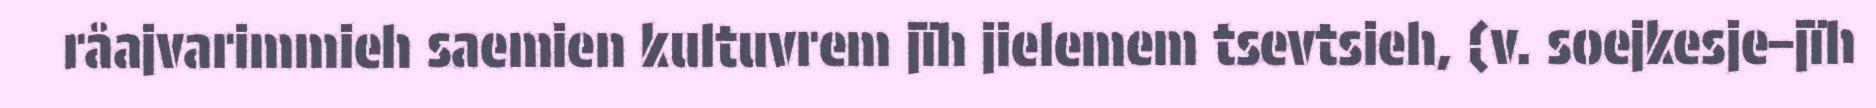
råajvarimmieh saemien kultuvrem jïh jielemem tsevtsieh, (v. soejkesje–jïh